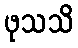
ဖုသသိ